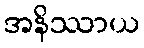
အနိဿာယ